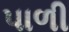
પાળી